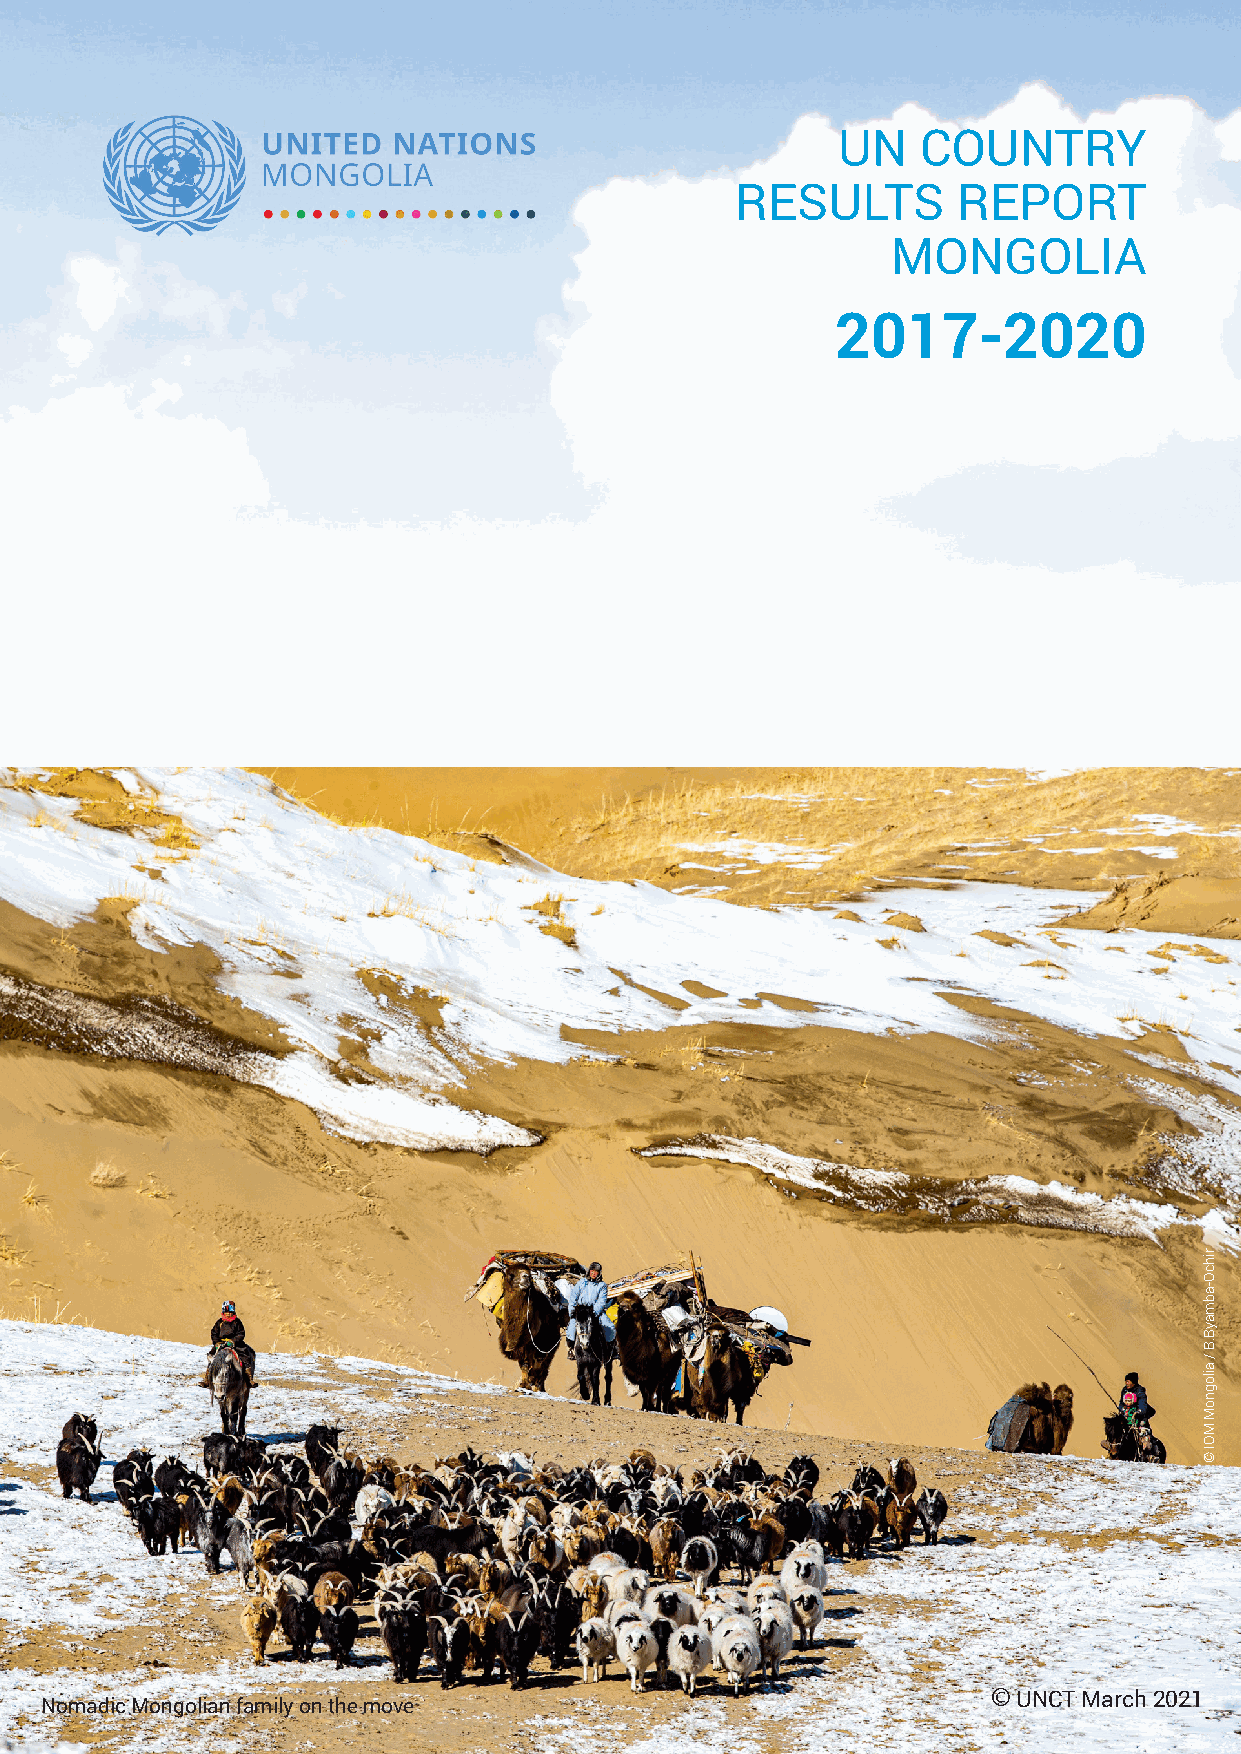
UN    COUNTRY
 RESULTS       REPORT
 MONGOLIA
 2017-2020
 © UNCT March 2021
 Nomadic Mongolian family on the move
 rihcO-abmayB.B
 /
 ailognoM
 MOI
 ©